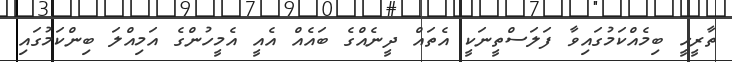
ތާރީހީ ބިމެއްކަމުގައިވާ ފަލަސްތީނަކީ އެތައް ދީނެއްގެ ބައެއް އެއީ އެމީހުންގެ އަމިއްލަ ބިންކަމުގައި